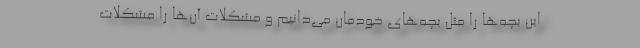
این بچه‌ها را مثل بچه‌های خودمان می‌دانیم و مشکلات آن‌ها را مشکلات